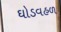
ઘોડવહળ